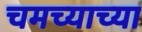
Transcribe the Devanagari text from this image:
चमच्याच्या